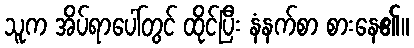
သူက အိပ်ရာပေါ်တွင် ထိုင်ပြီး နံနက်စာ စားနေ၏။